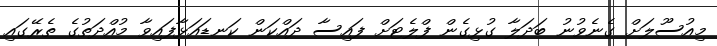
މިއުސޫލަށް ގެނެވުނު ބަދަލާ ގުޅިގެން ފްލެޓަށް ފައިސާ ދައްކަން ކަނޑައަޅާފައިވާ މުއްދަތުގެ ތެރޭގައި